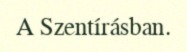
A Szentírásban.